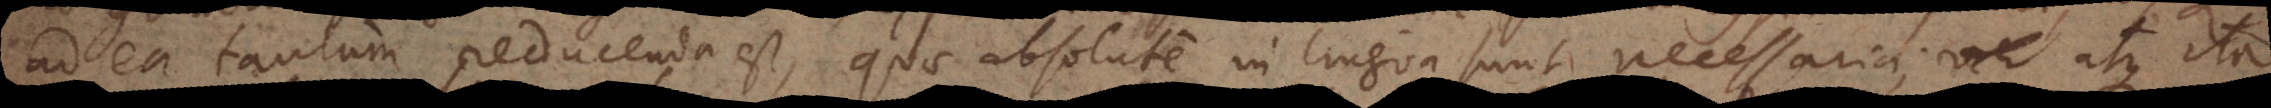
ad ea tantum reducenda est, quae absolute in lingua sunt necessaria; atque ita